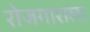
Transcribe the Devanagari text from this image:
रोजगाराला